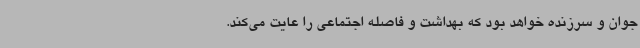
جوان و سرزنده‌ خواهد بود که بهداشت و فاصله اجتماعی را عایت می‌کند.